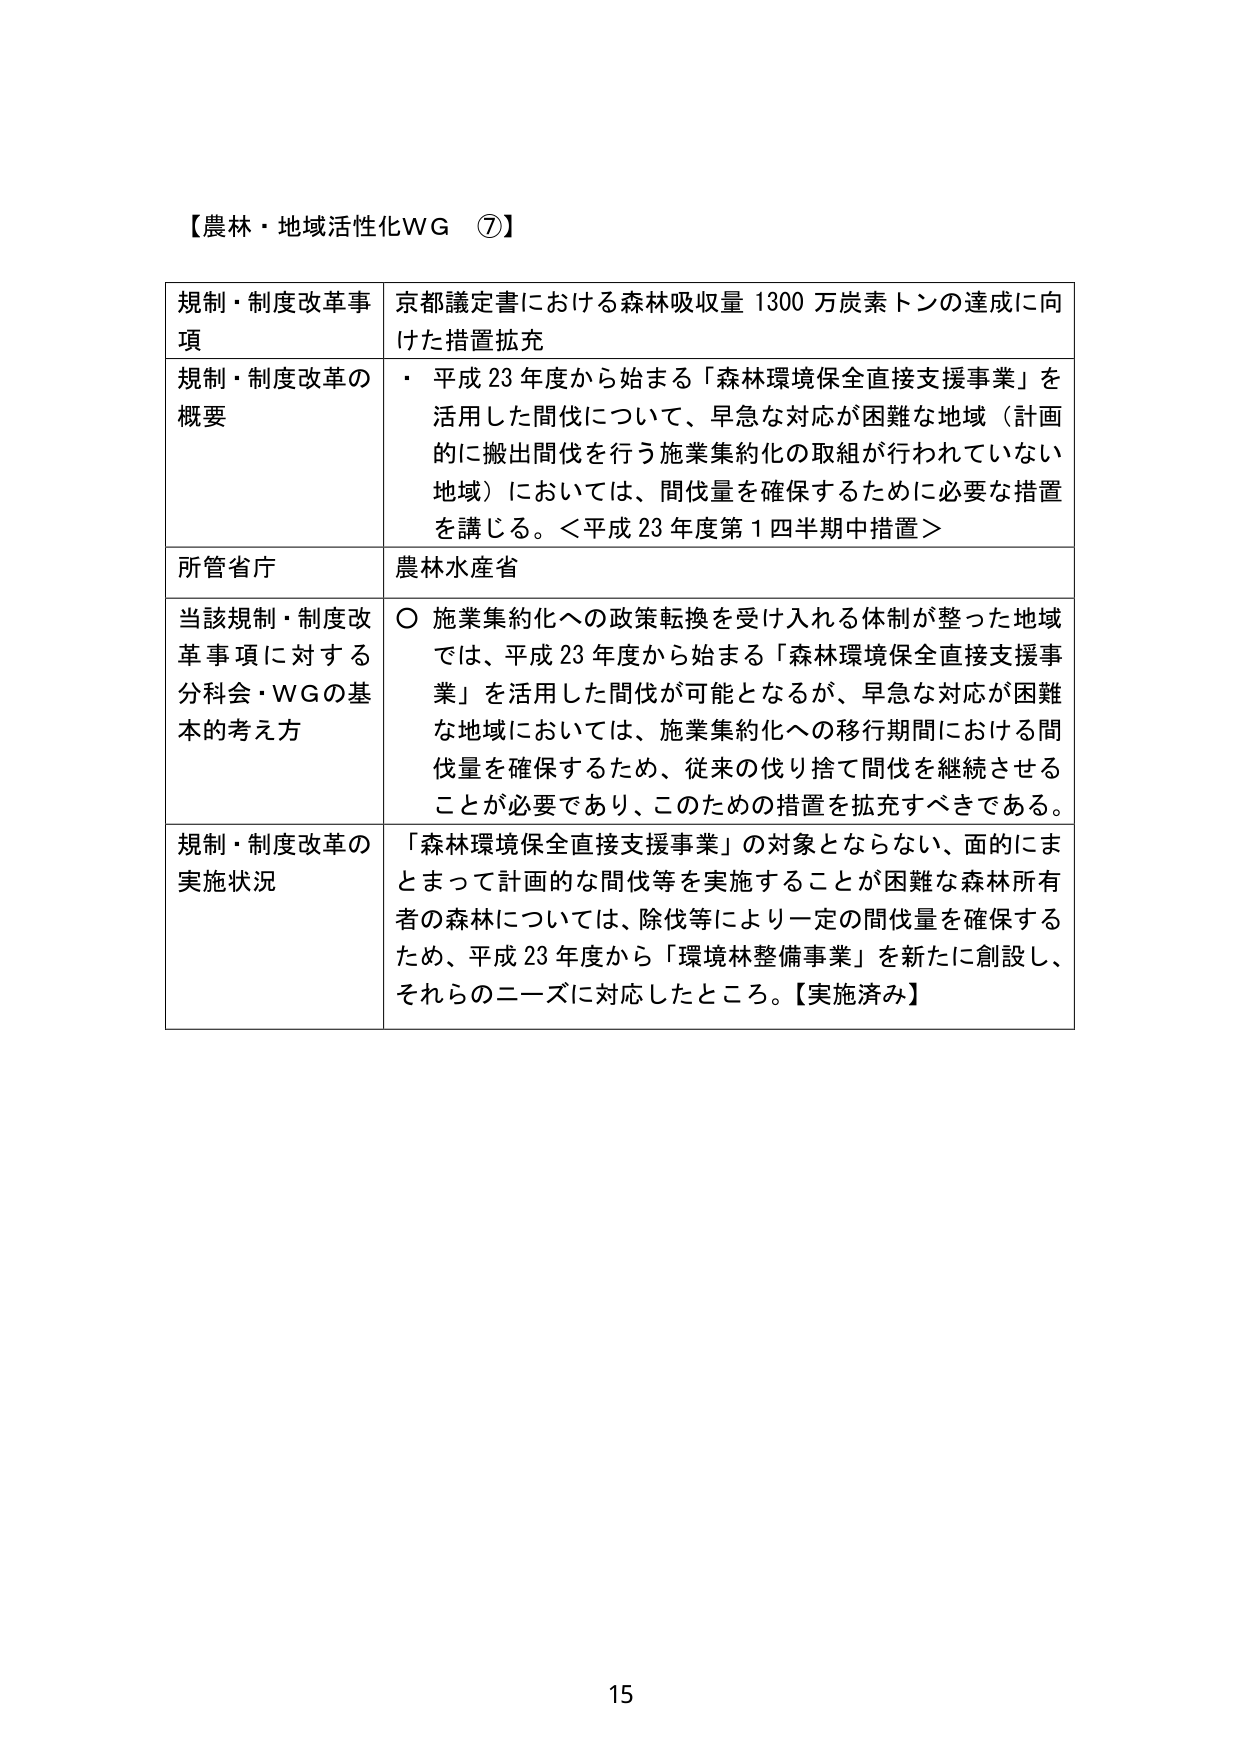
【農林・地域活性化WG ⑦】

規制・制度改革事項　京都議定書における森林吸収量 1300 万炭素トンの達成に向けた措置拡充

規制・制度改革の概要　・ 平成 23 年度から始まる「森林環境保全直接支援事業」を活用した間伐について、早急な対応が困難な地域（計画的に搬出間伐を行う施業集約化の取組が行われていない地域）においては、間伐量を確保するために必要な措置を講じる。＜平成 23 年度第 1 四半期中措置＞

所管省庁　農林水産省

当該規制・制度改革事項に対する分科会・WGの基本的考え方　○ 施業集約化への政策転換を受け入れる体制が整った地域では、平成 23 年度から始まる「森林環境保全直接支援事業」を活用した間伐が可能となるが、早急な対応が困難な地域においては、施業集約化への移行期間における間伐量を確保するため、従来の伐り捨て間伐を継続させることが必要であり、このための措置を拡充すべきである。

規制・制度改革の実施状況　「森林環境保全直接支援事業」の対象とならない、面的にまとまって計画的な間伐等を実施することが困難な森林所有者の森林については、除伐等により一定の間伐量を確保するため、平成 23 年度から「環境林整備事業」を新たに創設し、それらのニーズに対応したところ。【実施済み】

15